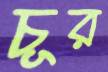
চূর